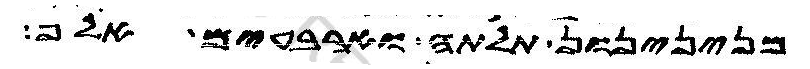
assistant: מנינינון תלתה וארבעים אלף